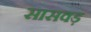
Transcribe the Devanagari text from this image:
सासवड़